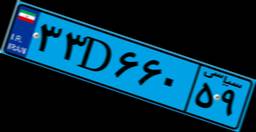
۲۵D۶۲۱۸۳